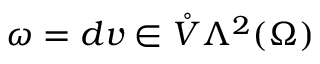
\omega = d v \in \mathring { V } \Lambda ^ { 2 } ( \Omega )